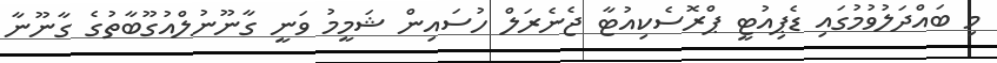
މި ބައްދަލުވުމުގައި ޑެޕިއުޓީ ޕްރޮސެކިއުޓާ ޖެނެރަލް ހުސައިން ޝަމީމު ވަނީ ގާނޫނުލްއުގޫބާތުގެ ގާނޫނާ